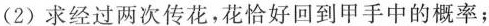
(2)求经过两次传花，花恰好回到甲手中的概率；